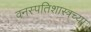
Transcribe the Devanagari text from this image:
वनस्पतिशास्त्रच्या